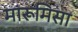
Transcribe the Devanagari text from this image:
मारूमिसा